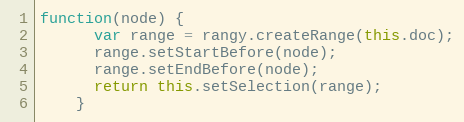
Language: JavaScript
function(node) {
      var range = rangy.createRange(this.doc);
      range.setStartBefore(node);
      range.setEndBefore(node);
      return this.setSelection(range);
    }